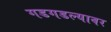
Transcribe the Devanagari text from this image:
गडगडल्यावर